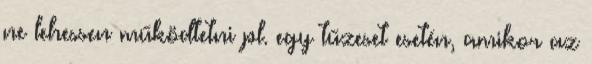
ne lehessen működtetni pl. egy tűzeset esetén, amikor az